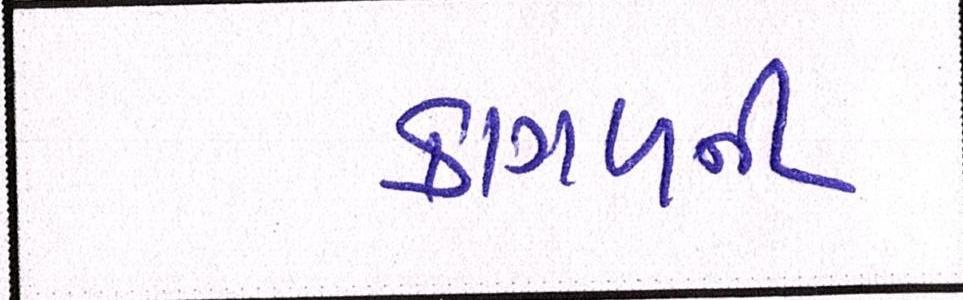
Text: કાગળની